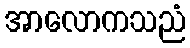
အာလောကသညံ